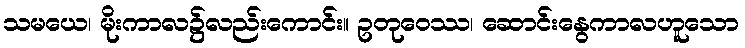
သမယေ၊ မိုးကာလ၌လည်းကောင်း။ ဥတုဝေဿ၊ ဆောင်းနွေကာလဟူသော